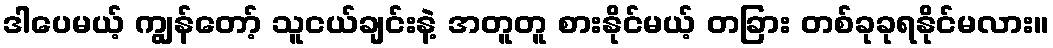
ဒါပေမယ့် ကျွန်တော့် သူငယ်ချင်းနဲ့ အတူတူ စားနိုင်မယ့် တခြား တစ်ခုခုရနိုင်မလား။